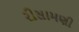
રીસામણી